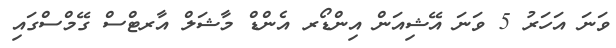
ވަނަ އަހަރު 5 ވަނަ އޭޝިއަން އިންޑޯރ އެންޑް މާޝަލް އާރޓްސް ގޭމްސްގައި